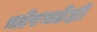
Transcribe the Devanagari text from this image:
चोरघडेही